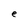
Character: e